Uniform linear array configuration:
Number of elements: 32
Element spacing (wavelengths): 0.5
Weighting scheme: hann
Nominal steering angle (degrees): -30
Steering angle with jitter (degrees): -28.019
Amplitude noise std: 0.05
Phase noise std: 0.05

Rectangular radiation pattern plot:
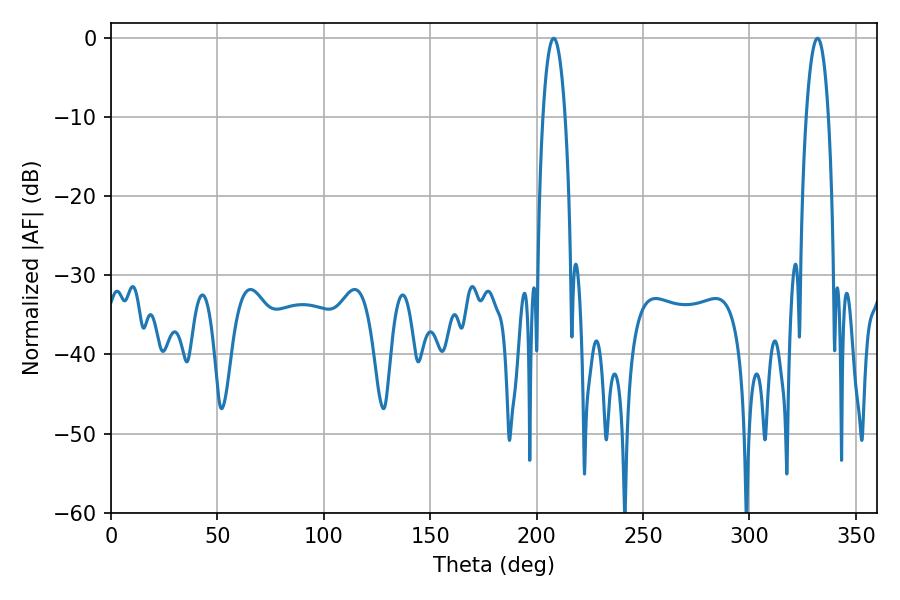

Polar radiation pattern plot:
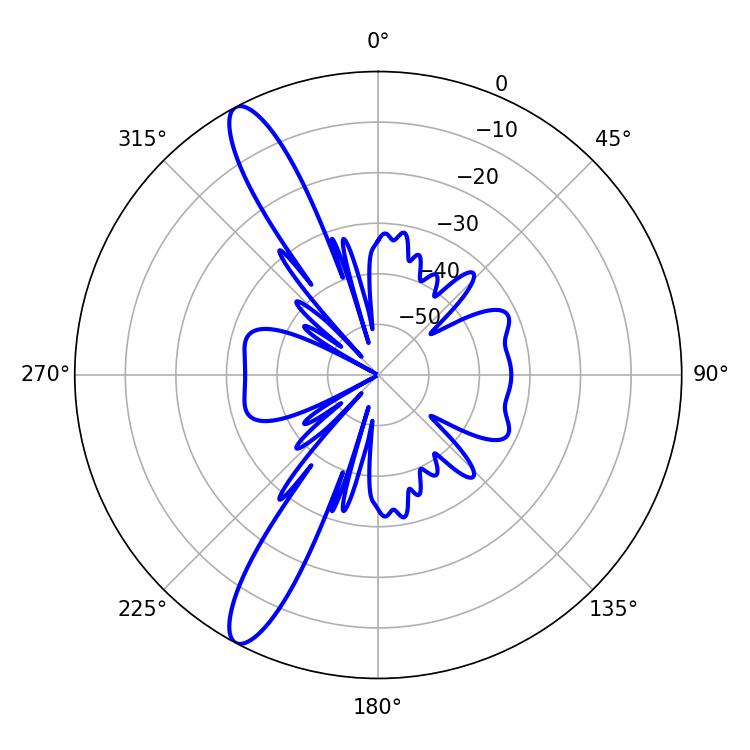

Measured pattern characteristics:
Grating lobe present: FALSE
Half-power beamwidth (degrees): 5.76
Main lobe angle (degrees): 208.08